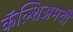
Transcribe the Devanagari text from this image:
कॅल्शिअमची